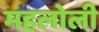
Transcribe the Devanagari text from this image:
महलोली